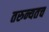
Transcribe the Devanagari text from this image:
तरुन्यतच